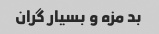
بد مزه و بسیار گران